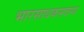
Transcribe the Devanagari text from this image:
भारसाधकसदस्य